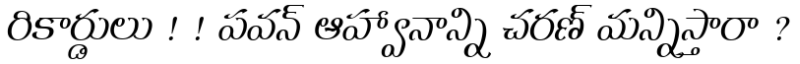
రికార్డులు ! ! పవన్ ఆహ్వానాన్ని చరణ్ మన్నిస్తారా ?